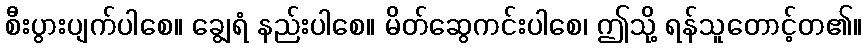
စီးပွားပျက်ပါစေ။ ချွေရံ နည်းပါစေ။ မိတ်ဆွေကင်းပါစေ၊ ဤသို့ ရန်သူတောင့်တ၏။